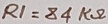
Text: R1=84KΩ